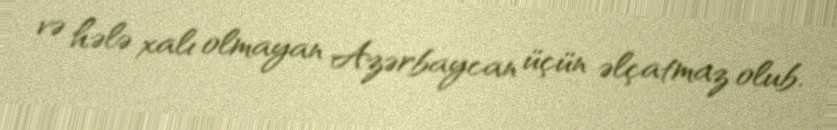
və hələ xalı olmayan Azərbaycan üçün əlçatmaz olub.